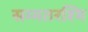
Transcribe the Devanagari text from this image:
सम्मतरश्मि